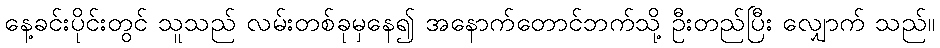
နေ့ခင်းပိုင်းတွင် သူသည် လမ်းတစ်ခုမှနေ၍ အနောက်တောင်ဘက်သို့ ဦးတည်ပြီး လျှောက် သည်။